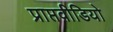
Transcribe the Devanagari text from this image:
प्राप्तवीडियो